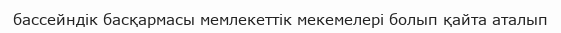
бассейндік басқармасы мемлекеттік мекемелері болып қайта аталып